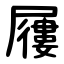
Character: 屨